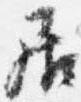
居